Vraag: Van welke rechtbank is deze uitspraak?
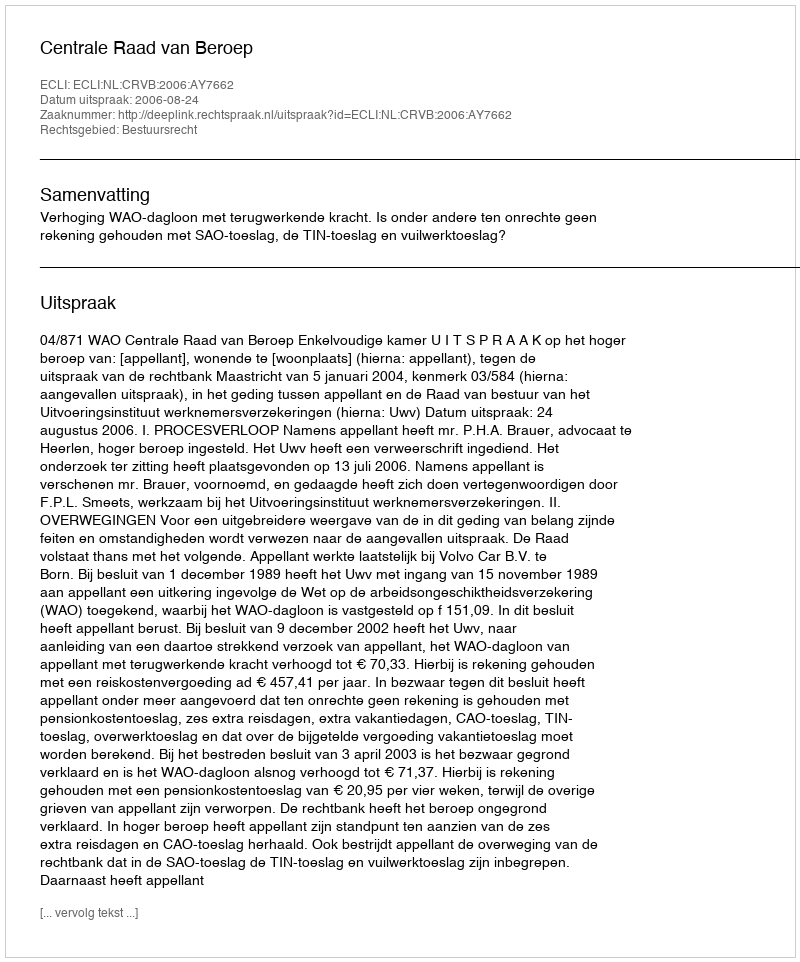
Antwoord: Centrale Raad van Beroep